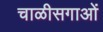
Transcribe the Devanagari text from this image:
चाळीसगाओं